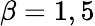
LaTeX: \beta=1,5